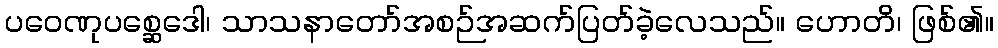
ပဝေဏုပစ္ဆေဒေါ၊ သာသနာတော်အစဉ်အဆက်ပြတ်ခဲ့လေသည်။ ဟောတိ၊ ဖြစ်၏။